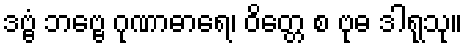
ဒဗ္ဗံ ဘဗ္ဗေ ဂုဏာဓာရေ၊ ဝိတ္တေ စ ဗုဓ ဒါရုသု။